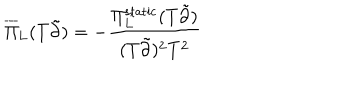
\overline { { { \Pi } } } _ { \mathrm { L } } ( T \tilde { \partial } ) = - \frac { \Pi _ { \mathrm { L } } ^ { \mathrm { s t a t i c } } ( T \tilde { \partial } ) } { ( T \tilde { \partial } ) ^ { 2 } T ^ { 2 } }